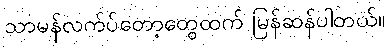
သာမန်လက်ပ်တော့တွေထက် မြန်ဆန်ပါတယ်။